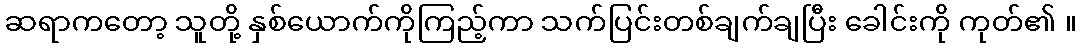
ဆရာကတော့ သူတို့ နှစ်ယောက်ကိုကြည့်ကာ သက်ပြင်းတစ်ချက်ချပြီး ခေါင်းကို ကုတ်၏ ။